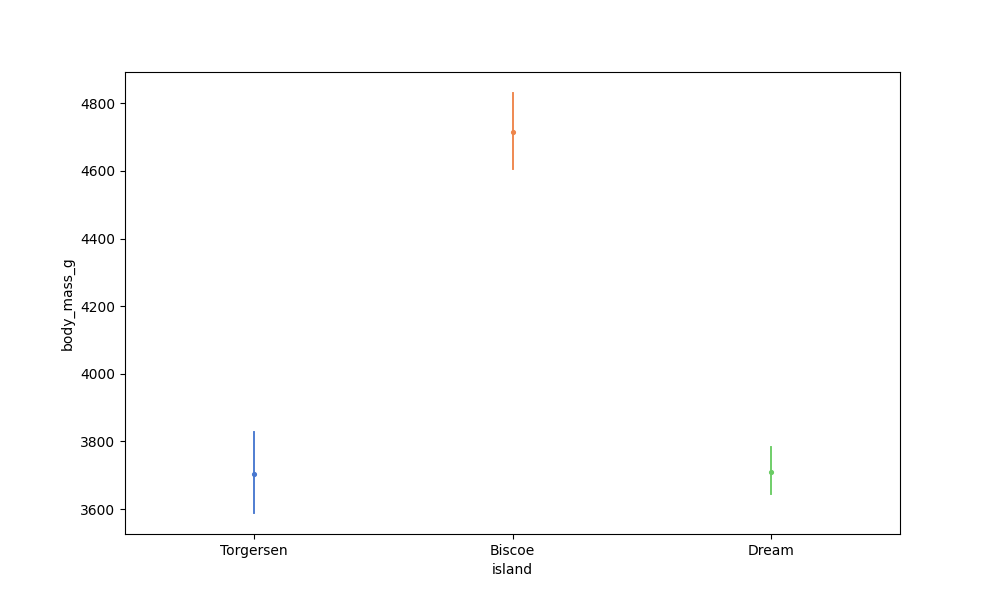
python, seaborn, pointplot, scale=0.5, join=False, hue='None', palette='muted'